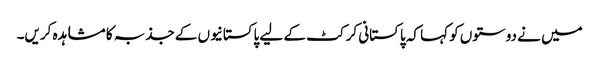
میں نے دوستوں کو کہا کہ پاکستانی کرکٹ کے لیے پاکستانیوں کے جذبہ کا مشاہدہ کریں۔